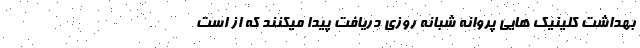
بهداشت کلینیک هایی پروانه شبانه روزی دریافت پیدا میکنند که از است